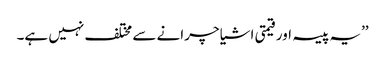
’’یہ پیسہ اور قیمتی اشیا چرانے سے مختلف نہیں ہے۔